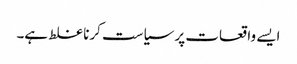
ایسے واقعات پر سیاست کرنا غلط ہے۔